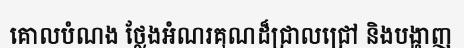
គោលបំណង ថ្លែងអំណរគុណដ៏ជ្រាលជ្រៅ និងបង្ហាញ